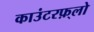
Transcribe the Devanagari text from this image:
काउंटरफ़्लो